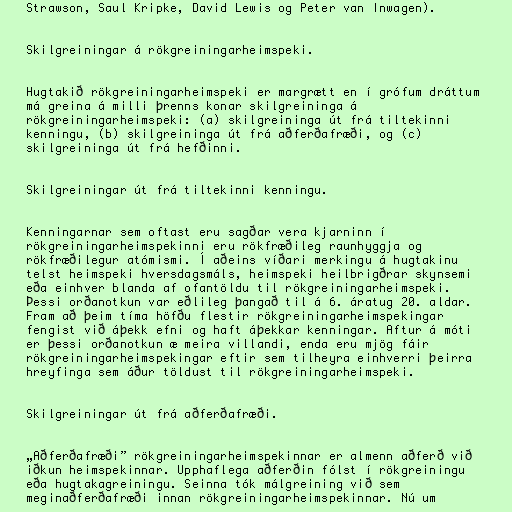
Strawson, Saul Kripke, David Lewis og Peter van Inwagen).

Skilgreiningar á rökgreiningarheimspeki.

Hugtakið rökgreiningarheimspeki er margrætt en í grófum dráttum
má greina á milli þrenns konar skilgreininga á
rökgreiningarheimspeki: (a) skilgreininga út frá tiltekinni
kenningu, (b) skilgreininga út frá aðferðafræði, og (c)
skilgreininga út frá hefðinni.

Skilgreiningar út frá tiltekinni kenningu.

Kenningarnar sem oftast eru sagðar vera kjarninn í
rökgreiningarheimspekinni eru rökfræðileg raunhyggja og
rökfræðilegur atómismi. Í aðeins víðari merkingu á hugtakinu
telst heimspeki hversdagsmáls, heimspeki heilbrigðrar skynsemi
eða einhver blanda af ofantöldu til rökgreiningarheimspeki.
Þessi orðanotkun var eðlileg þangað til á 6. áratug 20. aldar.
Fram að þeim tíma höfðu flestir rökgreiningarheimspekingar
fengist við áþekk efni og haft áþekkar kenningar. Aftur á móti
er þessi orðanotkun æ meira villandi, enda eru mjög fáir
rökgreiningarheimspekingar eftir sem tilheyra einhverri þeirra
hreyfinga sem áður töldust til rökgreiningarheimspeki.

Skilgreiningar út frá aðferðafræði.

„Aðferðafræði” rökgreiningarheimspekinnar er almenn aðferð við
iðkun heimspekinnar. Upphaflega aðferðin fólst í rökgreiningu
eða hugtakagreiningu. Seinna tók málgreining við sem
meginaðferðafræði innan rökgreiningarheimspekinnar. Nú um